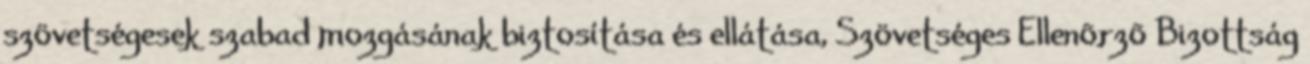
szövetségesek szabad mozgásának biztosítása és ellátása, Szövetséges Ellenõrzõ Bizottság